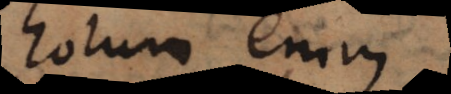
horum enim